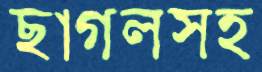
ছাগলসহ